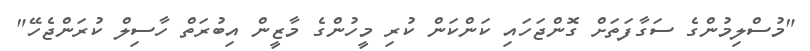
"މުސްލިމުންގެ ސަގާފަތަށް ގޮންޖަހައި ކަންކަން ކުރި މީހުންގެ މާޒީން އިބުރަތް ހާސިލް ކުރަންޖެހޭ"